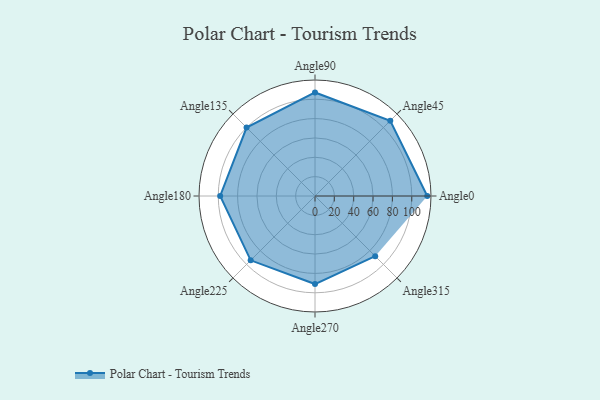
{"axis": {"x": "Angle", "y": "Radius"}, "legend": [""], "data": [{"x": "Angle0", "y": 116.0, "type": ""}, {"x": "Angle45", "y": 110.0, "type": ""}, {"x": "Angle90", "y": 107.0, "type": ""}, {"x": "Angle135", "y": 100.0, "type": ""}, {"x": "Angle180", "y": 98.0, "type": ""}, {"x": "Angle225", "y": 94.0, "type": ""}, {"x": "Angle270", "y": 91.0, "type": ""}, {"x": "Angle315", "y": 88.0, "type": ""}]}